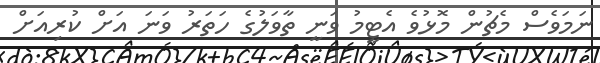
ނަމަވެސް މެޗުން މޮޅުވެ އެޓީމު ވަނީ ތާވަލުގެ ހަތަރު ވަނަ އަށް ކުރިއަށް